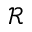
\mathcal { R }